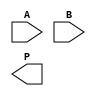
module dadda_multiplier #(parameter n = 4) (
    input [n-1:0] A,
    input [n-1:0] B,
    output reg [2*n-1:0] P
);

    // Partial product generation
    wire [n-1:0] pp [0:n-1]; // Partial products
    genvar i, j;
    generate
        for (i = 0; i < n; i = i + 1) begin : pp_gen
            assign pp[i] = A & {n{B[i]}};
        end
    endgenerate

    // Reduction tree
    wire [n-1:0] sum [0:n-1]; // Sums at each stage
    wire [n-1:0] carry [0:n-1]; // Carries at each stage
    wire [n-1:0] temp_sum;
    wire [n-1:0] temp_carry;

    // Stage 1: Grouping into sets of three
    integer stage, row;
    always @* begin
        for (row = 0; row < n; row = row + 1) begin
            sum[row] = 0;
            carry[row] = 0;
        end

        // First stage reduction
        for (row = 0; row < n; row = row + 1) begin
            if (row < n-1) begin
                {carry[row], sum[row]} = pp[row] + pp[row+1] + pp[row+2];
            end else begin
                sum[row] = pp[row];
            end
        end

        // Stage 2: Continue reducing
        for (stage = 1; stage < n; stage = stage + 1) begin
            for (row = 0; row < n - stage; row = row + 1) begin
                {temp_carry, temp_sum} = sum[row] + sum[row+1];
                sum[row] = temp_sum;
                carry[row] = carry[row] + temp_carry;
            end
        end

        // Final addition
        P = 0;
        for (row = 0; row < n; row = row + 1) begin
            P = P + (sum[row] << row);
        end
    end

endmodule